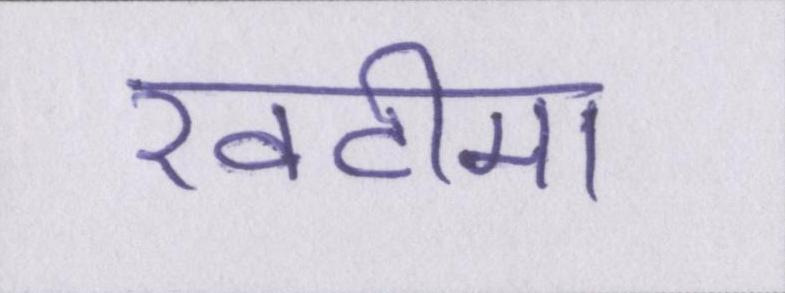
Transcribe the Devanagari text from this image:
खटीमा